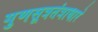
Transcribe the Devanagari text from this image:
गुणसूत्रतंत्राधारे